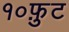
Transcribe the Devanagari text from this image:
१०फ़ुट